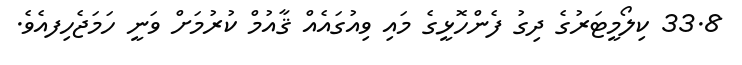
33.8 ކިލޯމީޓަރުގެ ދިގު ފެންހޮޅީގެ މައި ވިއުގައެއް ޤާއުމް ކުރުމަށް ވަނީ ހަމަޖެހިފއެވެ.